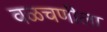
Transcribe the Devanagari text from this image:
वळचणीला